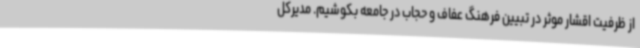
از ظرفیت اقشار موثر در تبیین فرهنگ عفاف و حجاب در جامعه بکوشیم. مدیرکل